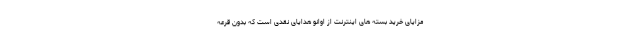
مزایای خرید بسته های اینترنت از اوانو هدایای نقدی است که بدون قرعه